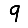
Digit: 9